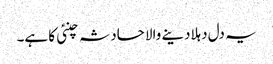
یہ دل دہلادینے والا حادثہ چنئی کا ہے۔